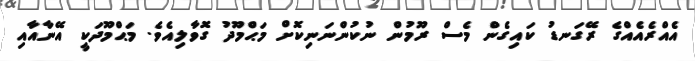
އެއްރެއެއްގެ ރޭގަނޑު ކައިގެން މެސް ރޫމުން ނުކުންނަނިކޮށް މަޙްމޫދު ގޮވާލިއެވެ. މަޙްމޫދަކީ އޭނާއާއި